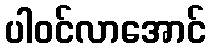
ပါဝင်လာအောင်